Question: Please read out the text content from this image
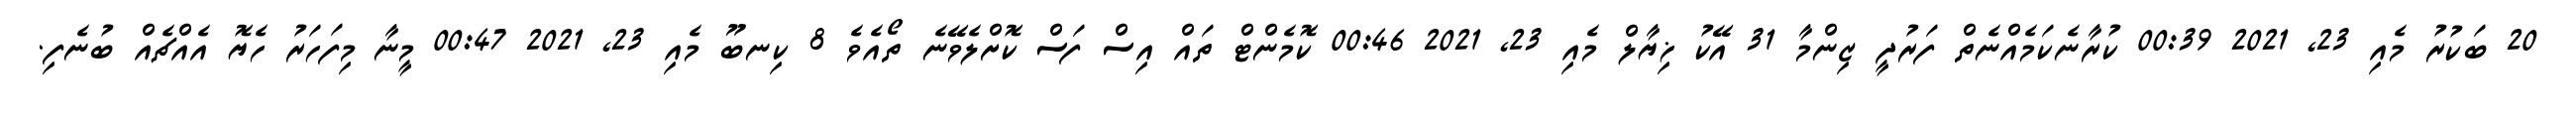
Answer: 20 ބަކުރު މެއި 23, 2021 00:39 ކުރާނެކަމެއްނެތް ފަރުދީ ޒިންމާ 31 އޭކު ޚިޔާލް މެއި 23, 2021 00:46 ކޮމެންޓް ތައް އިސް ފަސް ކޮށްލެވޭނެ ތޯއެވެ 8 ކިނބޫ މެއި 23, 2021 00:47 މީނާ މިފަހަރު ހެޔޮ އެއްޗެއް ބުނެފި.